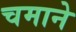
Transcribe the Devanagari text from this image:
चमाने